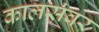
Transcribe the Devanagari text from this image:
कालसंवर